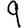
Digit: 9